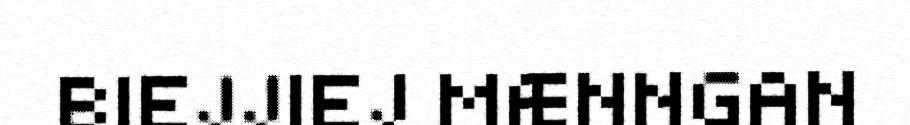
BIEJJIEJ MÆNNGAN